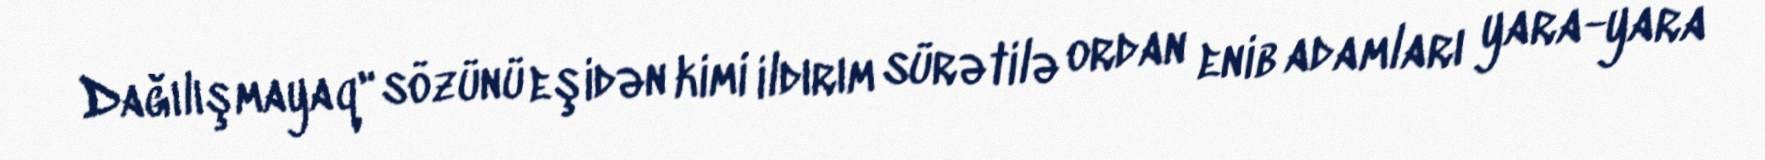
Dağılışmayaq" sözünü eşidən kimi ildırım sürətilə ordan enib adamları yara-yara